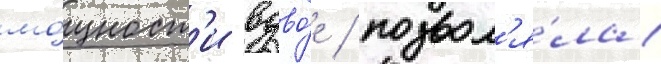
мо́щност'и вдво́е / позвол'я́ла